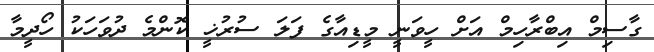
ގާސިމް އިބްރާހިމް އަށް ހީވަނީ މީޑިއާގެ ފަލަ ސުރުޚީ ކޮންމެ ދުވަހަކު ހޯދީމާ